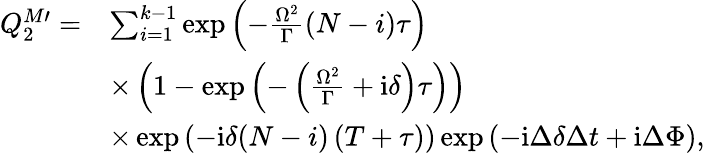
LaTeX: \begin{array}{rl}{Q_{2}^{M\prime}=}&{\sum_{i=1}^{k-1}\exp\left(-\frac{\Omega^{2}}{\Gamma}(N-i)\tau\right)}\\ &{\times\left(1-\exp\left(-\left(\frac{\Omega^{2}}{\Gamma}+\mathrm{i}\delta\right)\tau\right)\right)}\\ &{\times\exp\left(-\mathrm{i}\delta(N-i)\left(T+\tau\right)\right)\exp\left(-\mathrm{i}\Delta\delta\Delta t+\mathrm{i}\Delta\Phi\right),}\end{array}